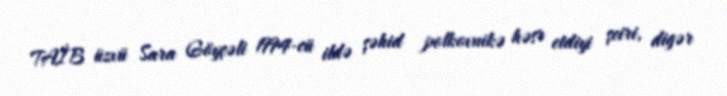
TAİB üzvü Sara Göyçəli 1994-cü ildə şəhid polkovnikə həsr etdiyi şeiri, digər